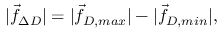
| \vec { f } _ { \Delta D } | = | \vec { f } _ { D , m a x } | - | \vec { f } _ { D , m i n } | ,